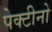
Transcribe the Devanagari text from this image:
पेक्टीनो